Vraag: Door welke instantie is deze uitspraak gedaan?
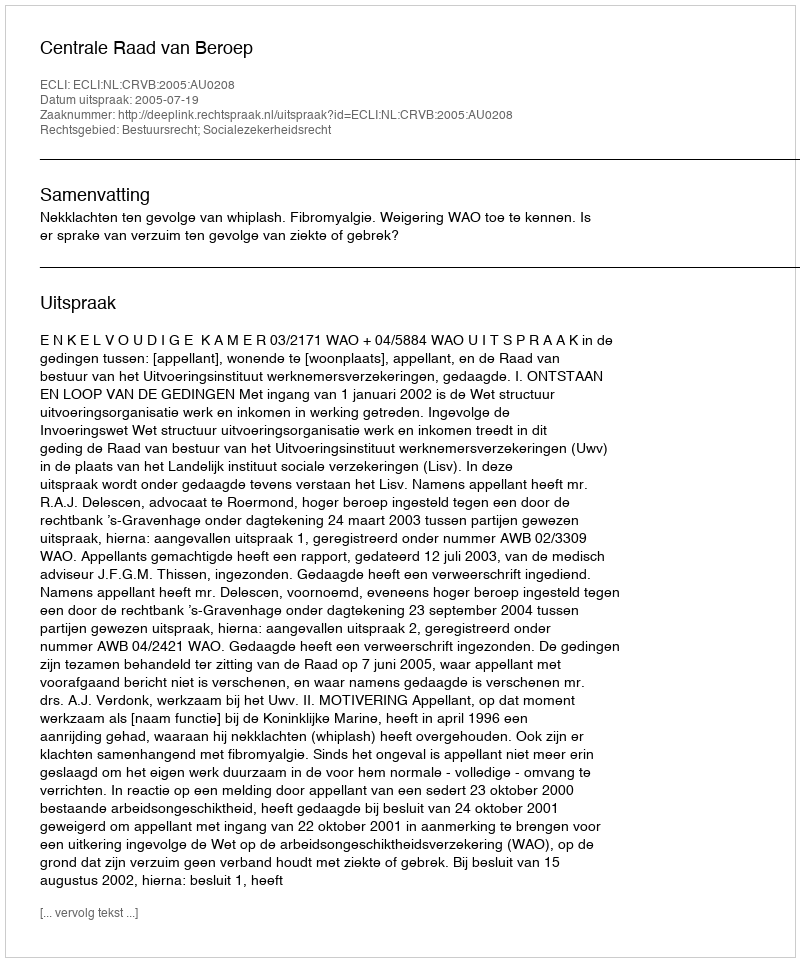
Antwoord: Centrale Raad van Beroep